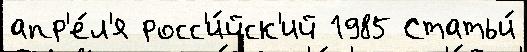
апр'е́л'я росс'и́йск'ий 1985 Статьи́